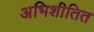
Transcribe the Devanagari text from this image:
अभिशीतित